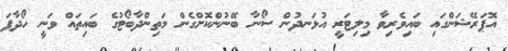
އޮޕަރޭޝަންގައި ބައިވެރިވާ މިލިޓަރީ އުޅަނދުން ސޯނާ ބޭނުންކޮށްގެން މަތިންދާބޯޓުގެ ބައިތައް ވަނީ ހޯދާފަ